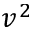
v ^ { 2 }